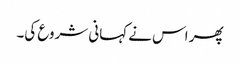
پھر اس نے کہانی شروع کی۔